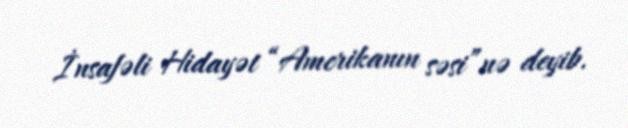
İnsafəli Hidayət “Amerikanın səsi”nə deyib.